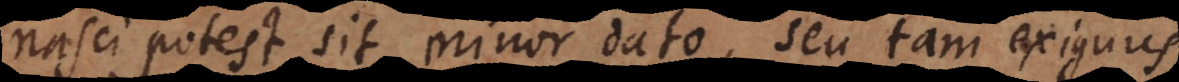
nasci potest sit minor dato, seu tam exiguus